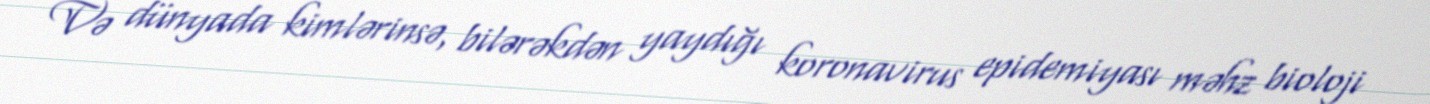
Və dünyada kimlərinsə, bilərəkdən yaydığı koronavirus epidemiyası məhz bioloji